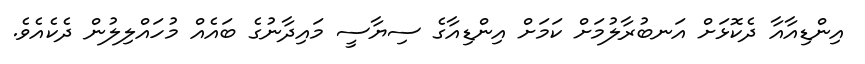
އިންޑިއާއާ ދެކޮޅަށް އަނބުރާލުމަށް ކަމަށް އިންޑިއާގެ ސިޔާސީ މައިދާނުގެ ބައެއް މުހައްލިލުން ދެކެއެވެ.